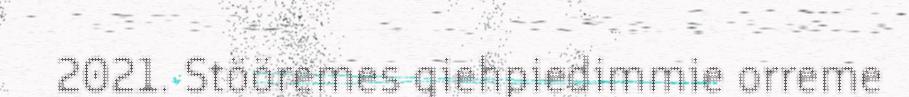
2021. Stööremes giehpiedimmie orreme